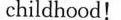
childhood!